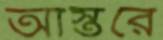
আস্তরে